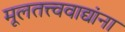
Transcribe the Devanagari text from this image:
मूलतत्त्ववाद्यांना